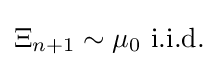
\Xi _{n+1}\sim \mu _{0}{\text{ i.i.d.}}